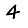
Digit: 4